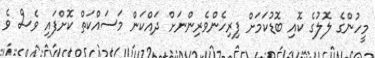
މީހުންގެ ލޮލުގެ ކޮއި ބޮޑުކަމަށް ފިރިހެންވެރިންނަށް ދައްކަން މަސައްކަތް ކޮށްފައި ވެސް ވެ